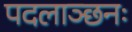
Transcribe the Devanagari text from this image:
पदलाञ्छनः